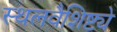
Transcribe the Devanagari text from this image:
स्थलवैशिष्ट्ये